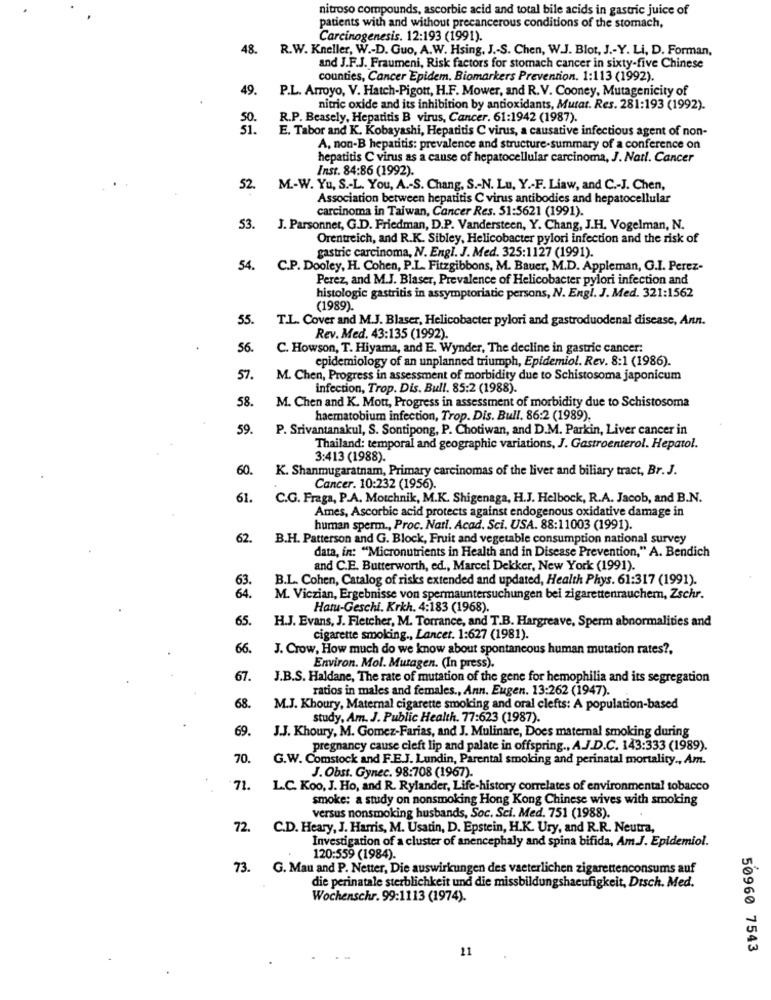
nitroso compounds, ascorbic acid and total bile acids in gastric juice of
patients with and without precancerous conditions of the stomach,
Carcinogenesis. 12:193 (1991).
48.
R.W. Kneller, W .- D. Guo, A.W. Hsing, J .- S. Chen, W.J. Blot, J .- Y. Li, D. Forman,
and J.F.J. Fraumeni, Risk factors for stomach cancer in sixty-five Chinese
counties, Cancer Epidem, Biomarkers Prevention. 1:113 (1992).
49.
P.L. Arroyo, V. Hatch-Pigott, H.F. Mower, and R.V. Cooney, Mutagenicity of
nitric oxide and its inhibition by antioxidants, Mutat. Res. 281:193 (1992).
R.P. Beasely, Hepatitis B virus, Cancer. 61:1942 (1987).
E. Tabor and K. Kobayashi, Hepatitis C virus, a causative infectious agent of non-
A, non-B hepatitis: prevalence and structure-summary of a conference on
hepatitis C virus as a cause of hepatocellular carcinoma, J. Natl. Cancer
Inst. 84:86 (1992).
52.
M .- W. Yu, S .- L. You, A .- S. Chang, S .- N. Lu, Y .- F. Liaw, and C .- J. Chen,
Association between hepatitis C virus antibodies and hepatocellular
carcinoma in Taiwan, Cancer Res. 51:5621 (1991).
53.
J. Parsonner, G.D. Friedman, D.P. Vandersteen, Y. Chang, J.H. Vogelman, N.
Orentreich, and R.K. Sibley, Helicobacter pylori infection and the risk of
gastric carcinoma, N. Engl. J. Med. 325:1127 (1991).
54.
C.P. Dooley, H. Cohen, P.L. Fitzgibbons, M. Bauer, M.D. Appleman, G.I. Perez-
Perez, and M.J. Blaser, Prevalence of Helicobacter pylori infection and
histologic gastritis in assymptoriatic persons, N. Engl. J. Med. 321:1562
(1989).
55.
T.L. Cover and M.J. Blaser, Helicobacter pylori and gastroduodenal disease, Ann.
Rev. Med. 43:135 (1992)
56.
C. Howson, T. Hiyama, and E. Wynder, The decline in gastric cancer:
epidemiology of an unplanned triumph, Epidemiol. Rev. 8:1 (1986).
57.
M. Chen, Progress in assessment of morbidity due to Schistosoma japonicum
infection, Trop. Dis. Bull. 85:2 (1988).
58.
M. Chen and K. Mott, Progress in assessment of morbidity due to Schistosoma
haematobium infection, Trop. Dis. Bull. 86:2 (1989)
59.
P. Srivantanakul, S. Sontipong, P. Chotiwan, and D.M. Parkin, Liver cancer in
Thailand: temporal and geographic variations, J. Gastroenterol. Hepatol.
3:413 (1988).
60.
K. Shanmugaratnam, Primary carcinomas of the liver and biliary tract, Br. J.
Cancer. 10:232 (1956).
61.
C.G. Fraga, P.A. Motchnik, M.K. Shigenaga, H.J. Helbock, R.A. Jacob, and B.N.
Ames, Ascorbic acid protects against endogenous oxidative damage in
human sperm ., Proc. Nati. Acad. Sci. USA. 88:11003 (1991).
62.
B.H. Patterson and G. Block, Fruit and vegetable consumption national survey
data, in: "Micronutrients in Health and in Disease Prevention," A. Bendich
and C.E. Butterworth, ed ., Marcel Dekker, New York (1991).
63.
B.L. Cohen, Catalog of risks extended and updated, Health Phys. 61:317 (1991).
64.
M. Viczian, Ergebnisse von spermauntersuchungen bei zigarettenrauchern, Zschr.
Hatu-Geschi. Krkh. 4:183 (1968).
65.
H.J. Evans, J. Fletcher, M. Torrance, and T.B. Hargreave, Sperm abnormalities and
cigarette smoking ., Lancer. 1:627 (1981).
66.
J. Crow, How much do we know about spontaneous human mutation rates ?,
Environ. Mol. Mutagen. (In press).
67.
J.B.S. Haldane, The rate of mutation of the gene for hemophilia and its segregation
ratios in males and females ., Ann. Eugen. 13:262 (1947).
68.
M.J. Khoury, Maternal cigarette smoking and oral clefts: A population-based
study, Am. J. Public Health. 77:623 (1987).
69.
J.J. Khoury, M. Gomez-Farias, and J. Mulinare, Does maternal smoking during
pregnancy cause cleft lip and palate in offspring ., A.J.D.C. 143:333 (1989).
70.
G.W. Comstock and F.E.J. Lundin, Parental smoking and perinatal mortality ., Am.
J. Obst. Gynec. 98:708 (1967).
71.
L.C. Koo, J. Ho, and R. Rylander, Life-history correlates of environmental tobacco
smoke: a study on nonsmoking Hong Kong Chinese wives with smoking
versus nonsmoking husbands, Soc. Sci. Med. 751 (1988).
72. C.D. Heary, J. Harris, M. Usatin, D. Epstein, H.K. Ury, and R.R. Neutra,
Investigation of a cluster of anencephaly and spina bifida, Am.J. Epidemiol.
120:559 (1984).
73. G. Man and P. Netter, Die auswirkungen des vaeterlichen zigarettenconsums auf
die perinatale sterblichkeit und die missbildungshacufigkeit, Disch. Med.
Wochenschr. 99:1113 (1974).
11
50960 7543